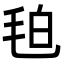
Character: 𭯖